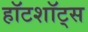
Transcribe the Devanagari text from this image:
हॉटशॉट्स